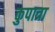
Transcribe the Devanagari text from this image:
कुपात्रा